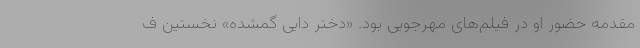
مقدمه حضور او در فیلم‌های مهرجویی بود. «دختر دایی گمشده» نخستین ف